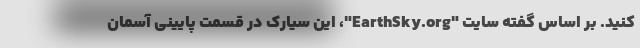
کنید. بر اساس گفته سایت "EarthSky.org"، این سیارک در قسمت پایینی آسمان